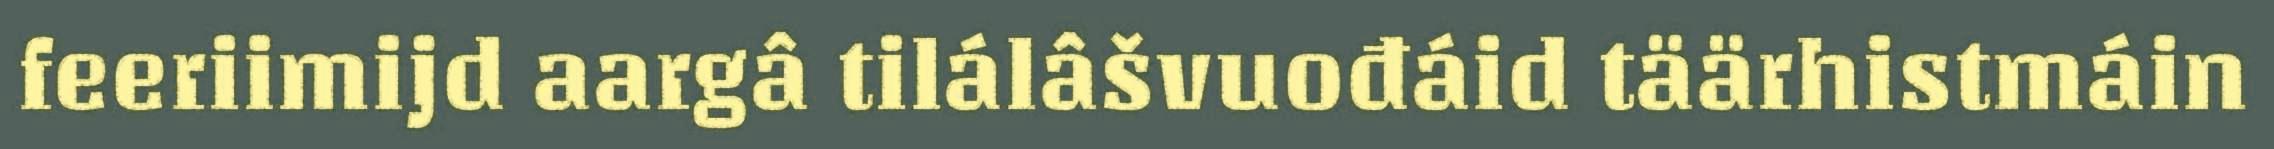
feeriimijd aargâ tilálâšvuođáid täärhistmáin